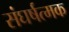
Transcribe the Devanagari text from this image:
संघर्षत्मक